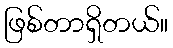
ဖြစ်တာရှိတယ်။